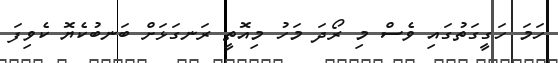
ހަމަ ހަގީގަތުގައި ވެސް މި ރޯދަ މަހު މިއޮތީ ރަނގަޅަށް ބަނބުކެޔޮ ކެވިފަ